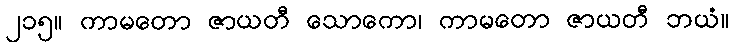
၂၁၅။ ကာမတော ဇာယတီ သောကော၊ ကာမတော ဇာယတီ ဘယံ။